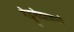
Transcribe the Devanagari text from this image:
गेट्टुगेदरमध्ये